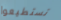
تستطيعوا